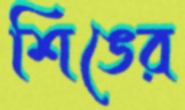
শিঙের